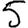
Digit: 5